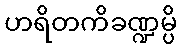
ဟရိတကိခဏ္ဍမ္ပိ